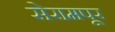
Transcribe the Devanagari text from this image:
सेरामपूर